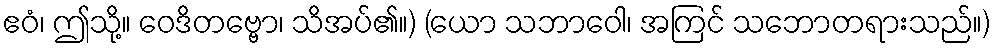
ဧဝံ၊ ဤသို့။ ဝေဒိတဗ္ဗော၊ သိအပ်၏။) (ယော သဘာဝေါ၊ အကြင် သဘောတရားသည်။)